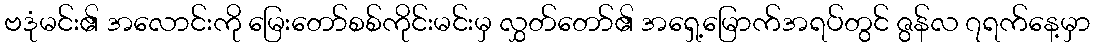
ဗဒုံမင်း၏ အလောင်းကို မြေးတော်စစ်ကိုင်းမင်းမှ လွှတ်တော်၏ အရှေ့မြောက်အရပ်တွင် ဇွန်လ ၇ရက်နေ့မှာ